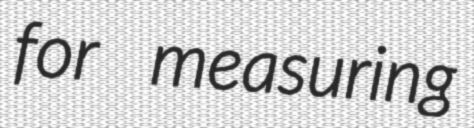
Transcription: for measuring